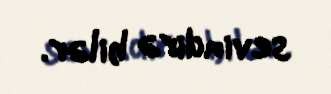
sevindirə bilər.